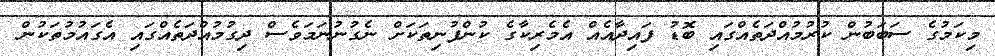
މިކަމުގެ ސަބަބުން ކުރުމުއްދަތެއްގައި ބޮޑު ފައިދާއެއް އެމެރިކާގެ ކުންފުނިތަކަށް ނެގުނުނަމަވެސް ދިގުމުއްދަތެއްގައި އެގައުމުތަކުން